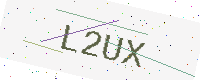
Text: L2UX